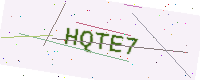
Text: HQTE7